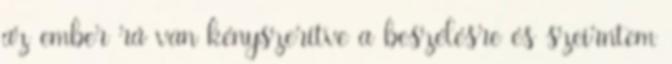
az ember rá van kényszerítve a beszélésre és szeirntem